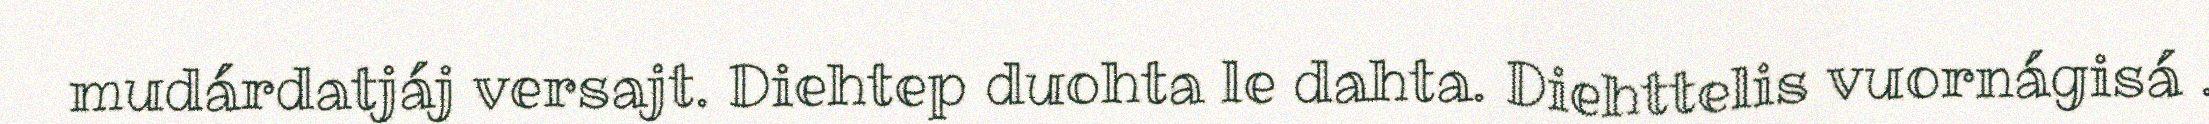
mudárdatjáj versajt. Diehtep duohta le dahta. Diehttelis vuornágisá .